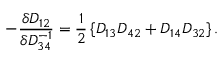
- \frac { \delta D _ { 1 2 } } { \delta D _ { 3 4 } ^ { - 1 } } = \frac { 1 } { 2 } \left\{ D _ { 1 3 } D _ { 4 2 } + D _ { 1 4 } D _ { 3 2 } \right\} .